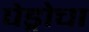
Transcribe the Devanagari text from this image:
पेड्रोचा